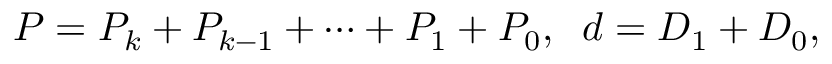
P = P _ { k } + P _ { k - 1 } + \cdots + P _ { 1 } + P _ { 0 } , \; \; d = D _ { 1 } + D _ { 0 } ,